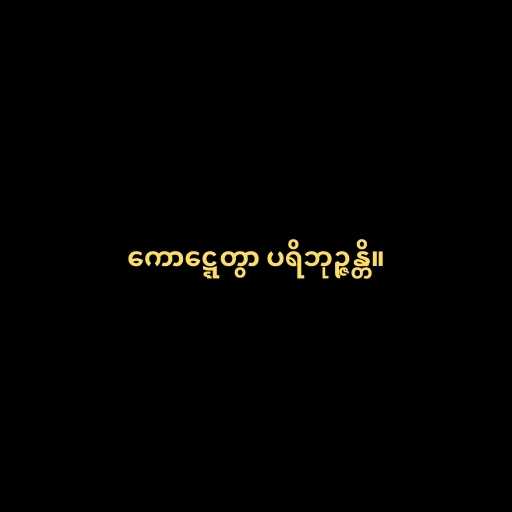
ကောဋ္ဋေတွာ ပရိဘုဉ္ဇန္တိ။